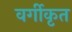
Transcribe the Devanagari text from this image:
वर्गीकृत